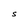
Character: S